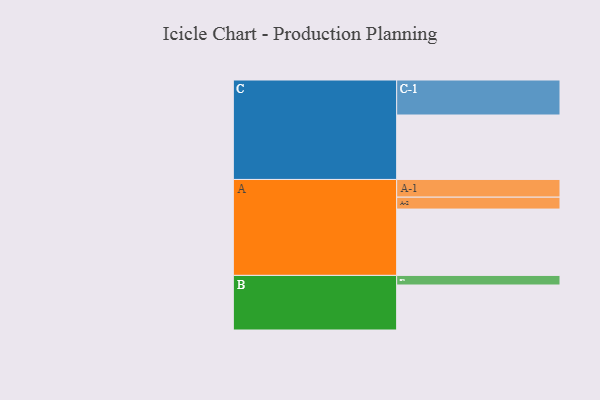
{"axis": {"x": "Segment", "y": "Value"}, "legend": ["", "A", "B", "C"], "data": [{"x": "A", "y": 491, "type": ""}, {"x": "B", "y": 333, "type": ""}, {"x": "C", "y": 477, "type": ""}, {"x": "A-1", "y": 131, "type": "A"}, {"x": "A-2", "y": 88, "type": "A"}, {"x": "B-1", "y": 71, "type": "B"}, {"x": "C-1", "y": 259, "type": "C"}]}